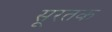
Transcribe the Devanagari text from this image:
सूरतक